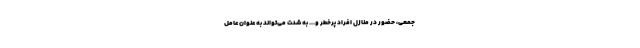
جمعی، حضور در منازل افراد پرخطر و... به شدت می‌تواند به عنوان عامل